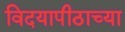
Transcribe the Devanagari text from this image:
विदयापीठाच्या